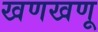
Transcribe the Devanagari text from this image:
खणखणू